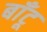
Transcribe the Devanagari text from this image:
बाँटू